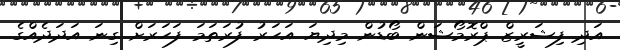
އަދި ފިޝަރީޒް ޕްރޮމޯޝަން ބޯޑުން މިދިޔަ އަހަރު ފުރަތަމަ ފަހަރަށް ގިނަ އަދަދެއްގެ